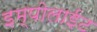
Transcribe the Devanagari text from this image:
इम्पोलाईट